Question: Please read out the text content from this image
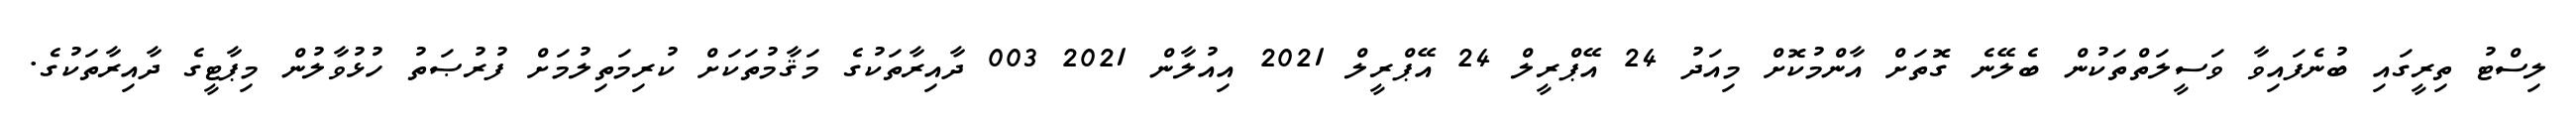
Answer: ލިސްޓު ތިރީގައި ބުނެފައިވާ ވަސީލަތްތަކުން ބެލޭނެ ގޮތަށް އާންމުކޮށް މިއަދު 24 އޭޕްރީލް 24 އޭޕްރީލް 2021 އިއުލާން 2021 003 ދާއިރާތަކުގެ މަޤާމުތަކަށް ކުރިމަތިލުމަށް ފުރުޞަތު ހުޅުވާލުން މިޕާޓީގެ ދާއިރާތަކުގެ.